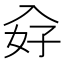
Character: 𭀿